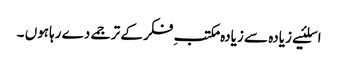
اسلئیے زیادہ سے زیادہ مکتبِ فکر کے ترجمے دے رہاہوں ۔